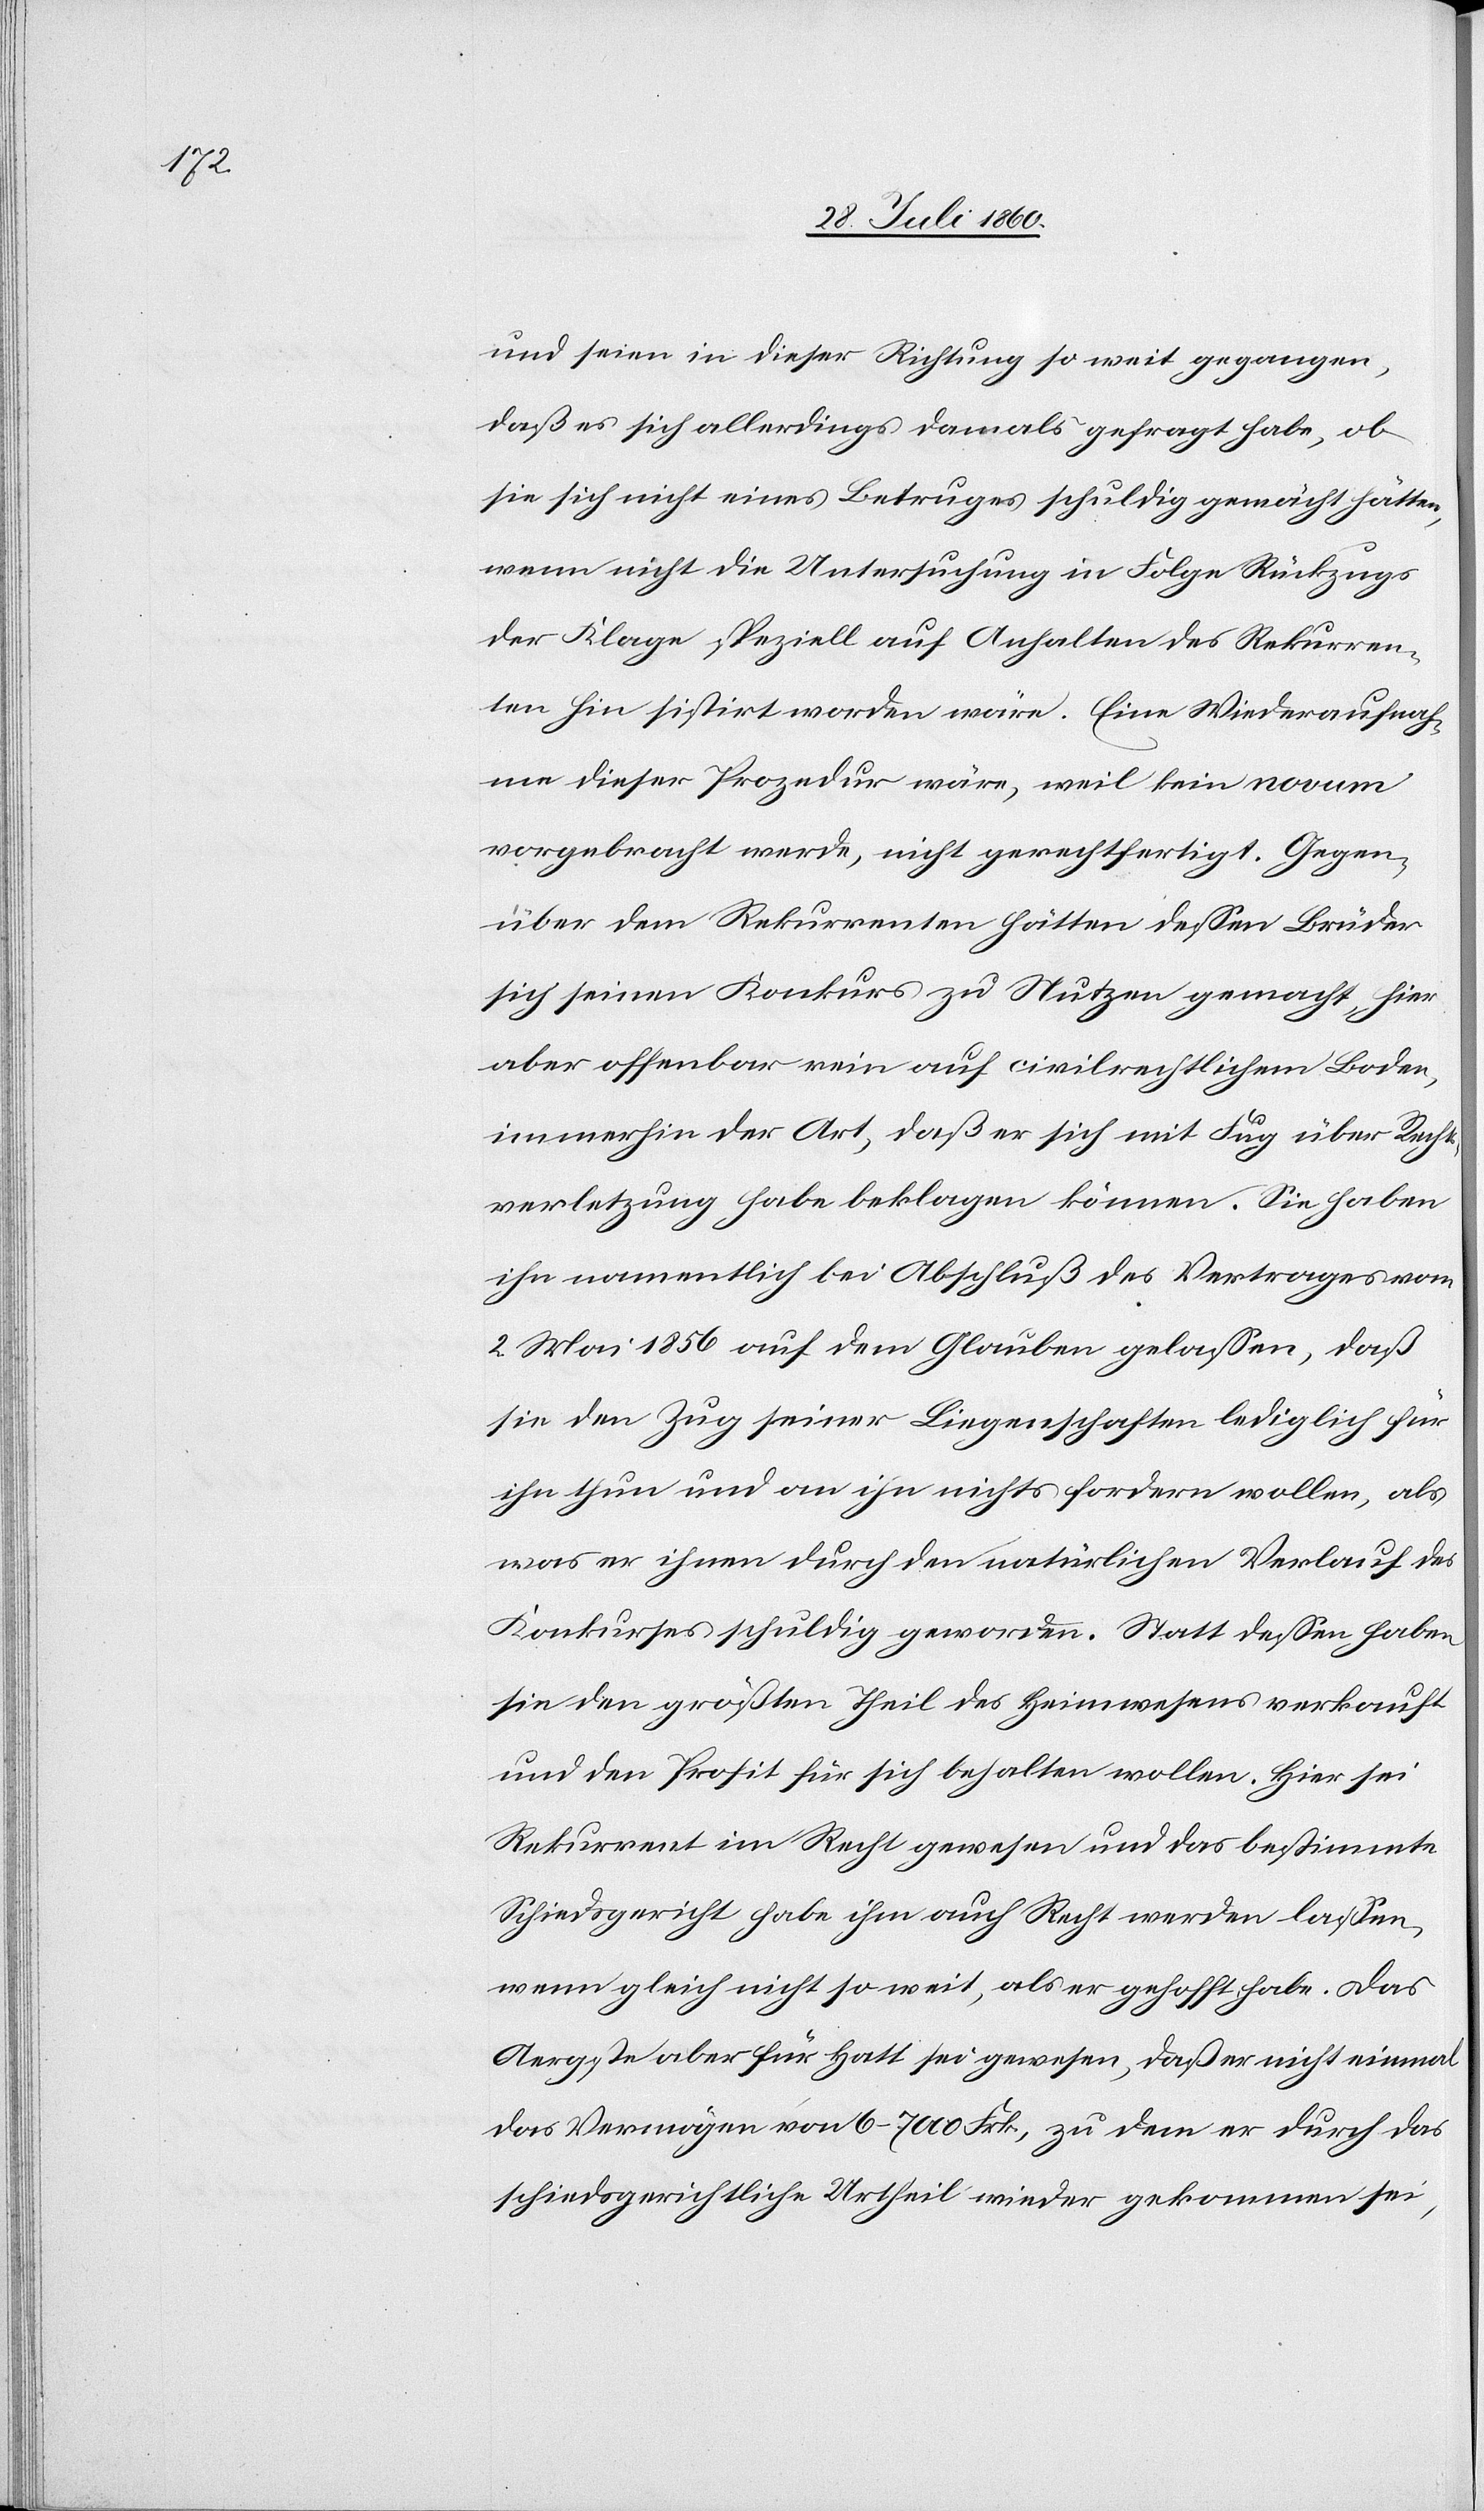
und seien in dieser Richtung so weit gegangen,
dass er sich allerdings damals gefragt habe, ob
sie sich nicht eines Betrugs schuldig gemacht hätten,
wenn nicht die Untersuchung in Folge Rückzugs
der Klage speziell auf Anhalten des Rekurren¬
ten hin sistirt worden wäre. Eine Wiederaufnah¬
me dieser Prozedur wäre, weil kein novum
vorgebracht werde, nicht gerechtfertigt. Gegen¬
über dem Rekurrenten hätten dessen Brüder
sich seinen Konkurs zu Nutzen gemacht, hier
aber offenbar rein auf civilrechtlichem Boden,
immerhin der Art, dass er sich mit Fug über Rechts¬
verletzung habe beklagen können. Sie haben
ihn namentlich bei Abschluss des Vertrages vom
2. Mai 1856 auf dem Glauben gelassen, dass
sie den Zug seiner Liegenschaften lediglich für
ihn thun und an ihn nichts fordern wollen, als
was er ihnen durch den natürlichen Verlauf des
Konkurses schuldig geworden. Statt dessen haben
sie den grössten Theil des Heimwesens verkauft
und den Profit für sich behalten wollen. Hier sei
Rekurrent im Recht gewesen und das bestimmte
Schiedsgericht habe ihm auch Recht werden lassen,
wenn gleich nicht so weit, als er gehofft habe. Das
Aergste aber für Hatt sei gewesen, dass er nicht einmal
das Vermögen von 6–7000 fcs., zu dem er durch das
schiedsgerichtliche Urtheil wieder gekommen sei,